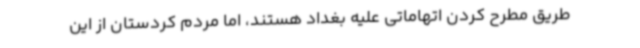
طریق مطرح کردن اتهاماتی علیه بغداد هستند، اما مردم کردستان از این